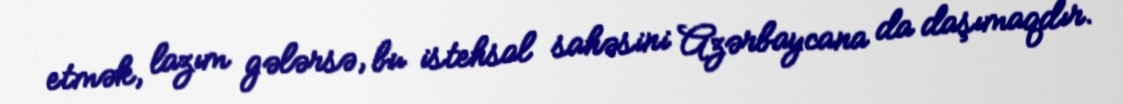
etmək, lazım gələrsə, bu istehsal sahəsini Azərbaycana da daşımaqdır.